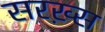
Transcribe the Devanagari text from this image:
सरख़्स